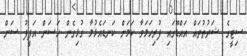
ސިޓީގެ ޝަރުތުތައް އައްޑޫގައި ފުރިހަމަވާ ކަމަށް ކަނޑައެޅުމާ ގުޅިގެން ހަސަން އަފީފު ސަން